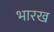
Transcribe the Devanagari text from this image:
भारख